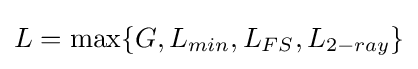
L=\max\{G,L_{min},L_{FS},L_{2-ray}\}